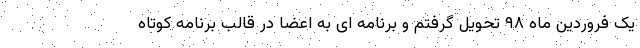
یک فروردین ماه ۹۸ تحویل گرفتم و برنامه ای به اعضا در قالب برنامه کوتاه